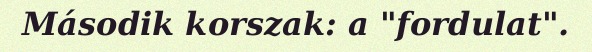
Második korszak: a "fordulat".